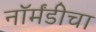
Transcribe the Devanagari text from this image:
नॉर्मंडीचा